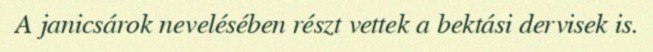
A janicsárok nevelésében részt vettek a bektási dervisek is.